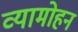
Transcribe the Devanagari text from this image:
व्यामोहन